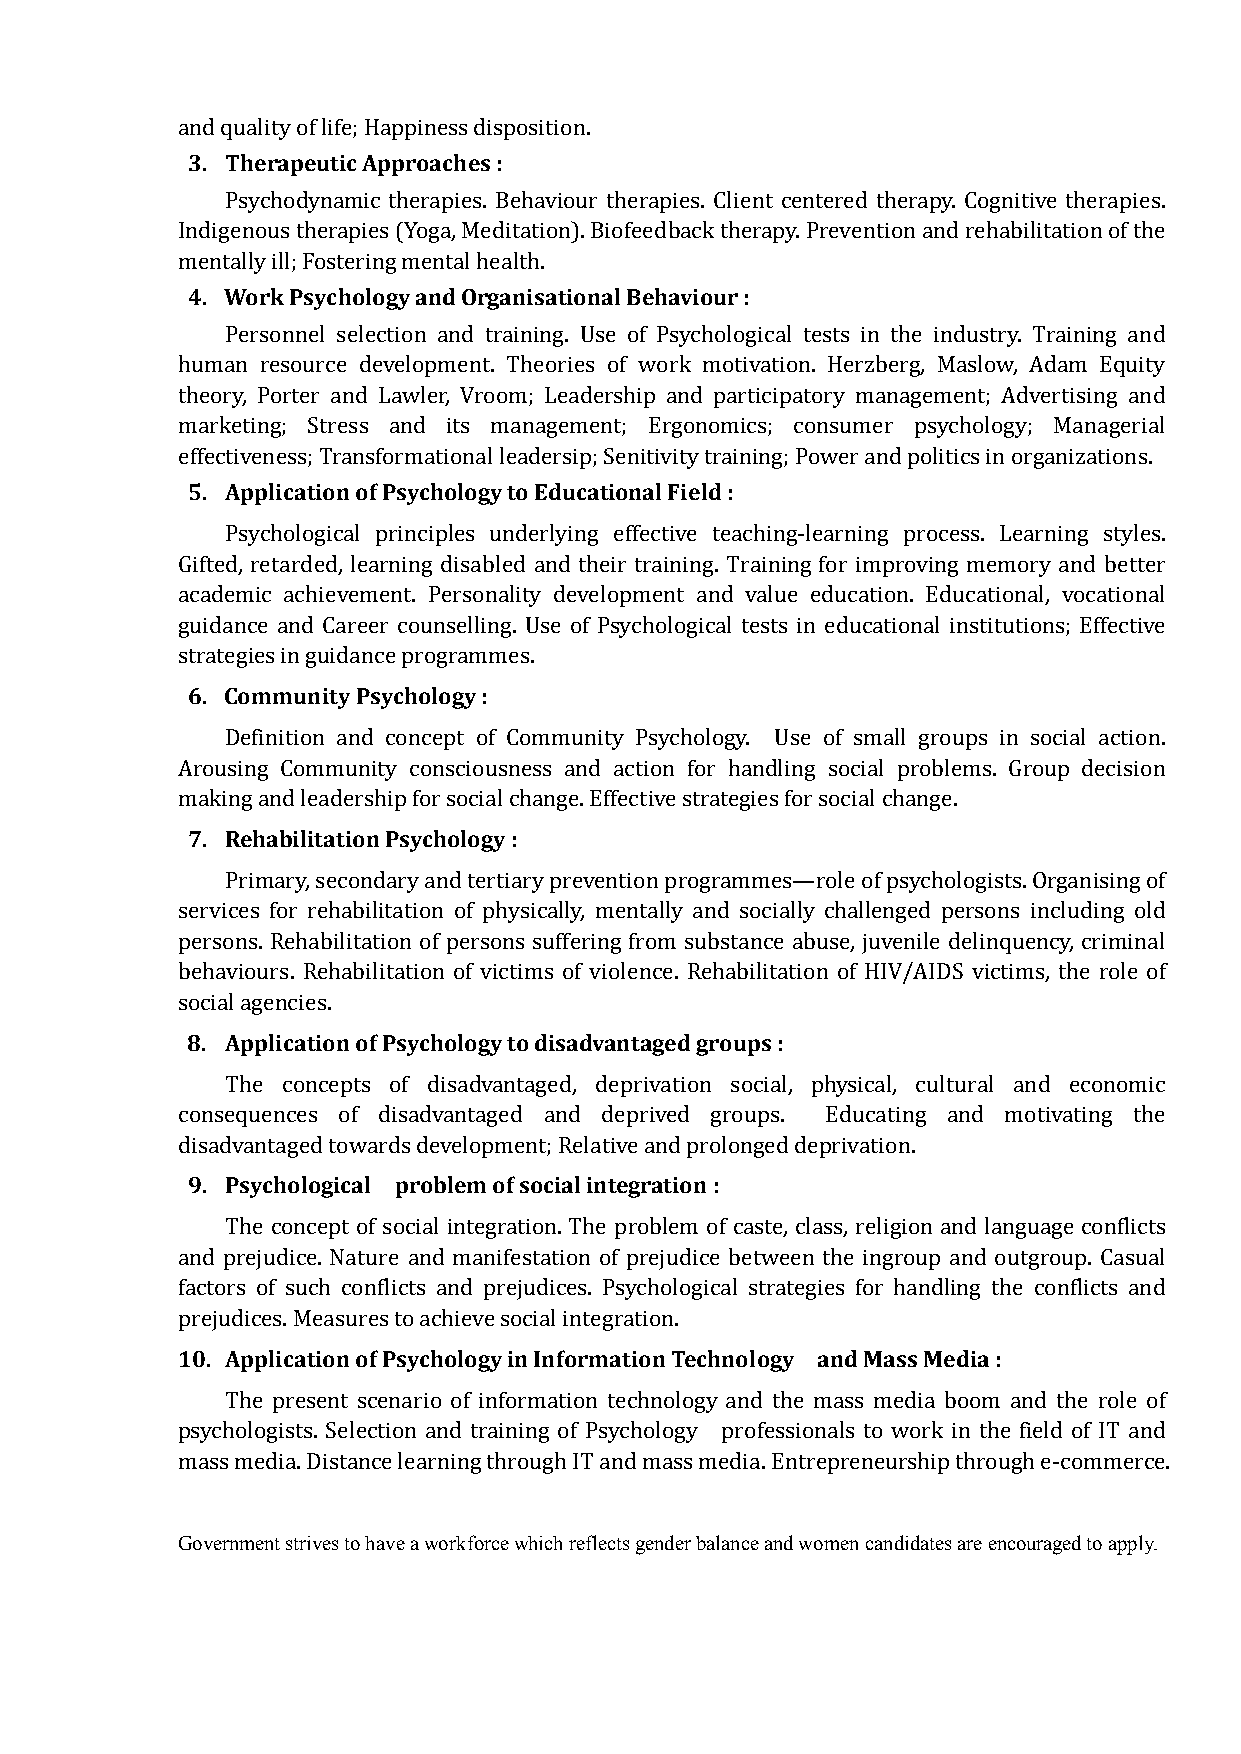
3. Therapeutic Approaches :
 and quality of life; Happiness disposition.
 Psychodynamic therapies. Behaviour therapies. Client centered therapy. Cognitive therapies.
 Indigenous therapies (Yoga, Meditation). Biofeedback therapy. Prevention and rehabilitation of the
 4. Work Psychology and Organisational Behaviour :
 mentally ill; Fostering mental health.
 Personnel selection and training. Use of Psychological tests in the industry. Training and
 human resource development. Theories of work motivation. Herzberg, Maslow, Adam Equity
 theory, Porter and Lawler, Vroom; Leadership and participatory management; Advertising and
 marketing; Stress and its management; Ergonomics; consumer psychology; Managerial
 5. Application of Psychology to Educational Field :
 effectiveness; Transformational leadersip; Senitivity training; Power and politics in organizations.
 Psychological principles underlying effective teaching-learning process. Learning styles.
 Gifted, retarded, learning disabled and their training. Training for improving memory and better
 academic achievement. Personality development and value education. Educational, vocational
 guidance and Career counselling. Use of Psychological tests in educational institutions; Effective
 6. Community Psychology :
 strategies in guidance programmes.
 Definition and concept of Community Psychology. Use of small groups in social action.
 Arousing Community consciousness and action for handling social problems. Group decision
 7. Rehabilitation Psychology :
 making and leadership for social change. Effective strategies for social change.
 Primary, secondary and tertiary prevention programmes—role of psychologists. Organising of
 services for rehabilitation of physically, mentally and socially challenged persons including old
 persons. Rehabilitation of persons suffering from substance abuse, juvenile delinquency, criminal
 behaviours. Rehabilitation of victims of violence. Rehabilitation of HIV/AIDS victims, the role of
 8. Application of Psychology to disadvantaged groups :
 social agencies.
 The concepts of disadvantaged, deprivation social, physical, cultural and economic
 consequences of disadvantaged and deprived groups. Educating and motivating the
 9. Psychological problem of social integration :
 disadvantaged towards development; Relative and prolonged deprivation.
 The concept of social integration. The problem of caste, class, religion and language conflicts
 and prejudice. Nature and manifestation of prejudice between the ingroup and outgroup. Casual
 factors of such conflicts and prejudices. Psychological strategies for handling the conflicts and
 10. Application of Psychology in Information Technology and Mass Media :
 prejudices. Measures to achieve social integration.
 The present scenario of information technology and the mass media boom and the role of
 psychologists. Selection and training of Psychology professionals to work in the field of IT and
 mass media. Distance learning through IT and mass media. Entrepreneurship through e-commerce.
 Government strives to have a workforce which reflects gender balance and women candidates are encouraged to apply.